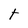
Character: t